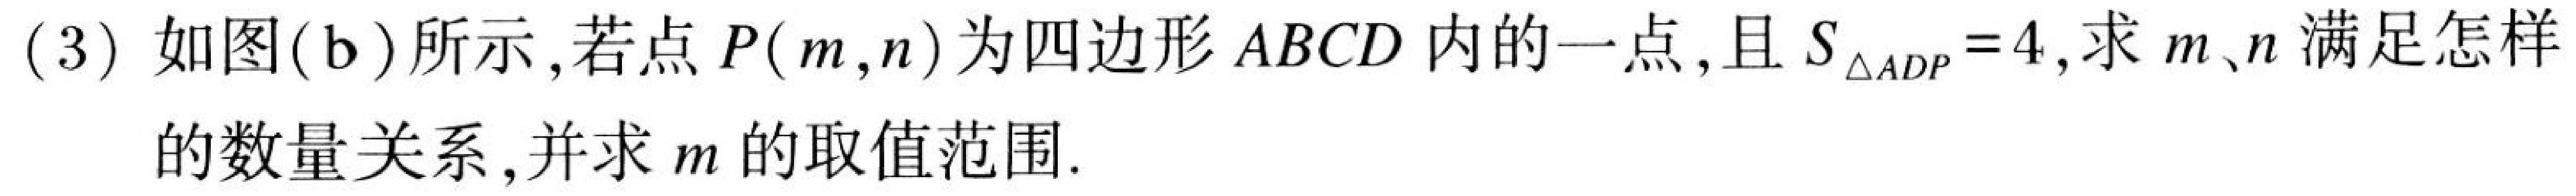
(3) 如图(b)所示，若点\(P(m,n)\)为四边形\(ABCD\)内的一点，且\(S_{\triangle ADP}=4\)，求\(m、n\)满足怎样
的数量关系，并求\(m\)的取值范围.